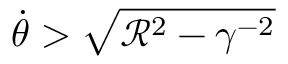
\dot { \theta } > \sqrt { { \mathcal R } ^ { 2 } - \gamma ^ { - 2 } }